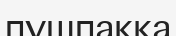
пұшпаққа